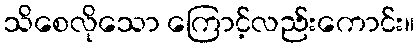
သိစေလိုသော ကြောင့်လည်းကောင်း။